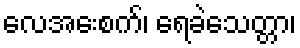
လေအေးစက်၊ ရေခဲသေတ္တာ၊